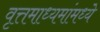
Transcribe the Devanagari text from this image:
वृत्तमाध्यमांमध्ये